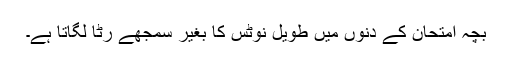
بچہ امتحان کے دنوں میں طویل نوٹس کا بغیر سمجھے رٹا لگاتا ہے۔